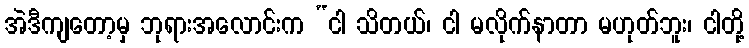
အဲဒီကျတော့မှ ဘုရားအလောင်းက “ငါ သိတယ်၊ ငါ မလိုက်နာတာ မဟုတ်ဘူး၊ ငါတို့